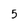
Character: 5